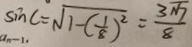
\sin C = \sqrt { 1 - ( \frac { 1 } { 8 } ) ^ { 2 } } = \frac { 3 \sqrt { 7 } } { 8 }